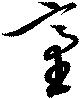
台